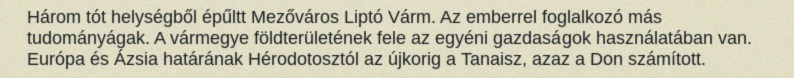
Három tót helységből épűltt Mezőváros Liptó Várm. Az emberrel foglalkozó más tudományágak. A vármegye földterületének fele az egyéni gazdaságok használatában van. Európa és Ázsia határának Hérodotosztól az újkorig a Tanaisz, azaz a Don számított.